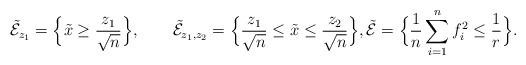
LaTeX: \begin{align*} \tilde{\mathcal{E}}_{z_1}&=\Big\{\tilde x\geq \frac{z_1}{\sqrt{n}}\Big\},\qquad\tilde{\mathcal{E}}_{z_1,z_2}=\Big\{\frac{z_1}{\sqrt{n}}\leq \tilde x\leq \frac{z_2}{\sqrt{n}}\Big\},\tilde{\mathcal{E}}=\Big\{\frac{1}{n}\sum_{i=1}^nf_i^2\leq \frac{1}{r}\Big\}.\end{align*}